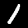
Label: 1